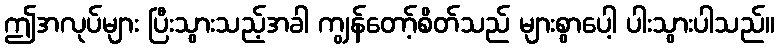
ဤအလုပ်များ ပြီးသွားသည့်အခါ ကျွန်တော့်စိတ်သည် များစွာပေါ့ ပါးသွားပါသည်။